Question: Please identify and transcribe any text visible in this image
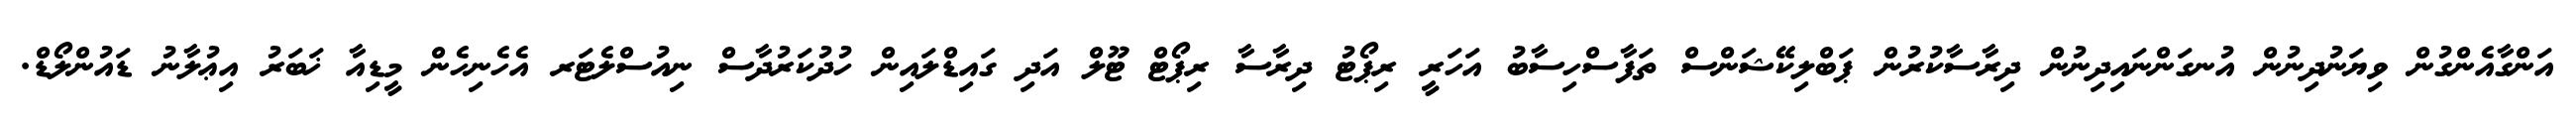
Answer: އަންގާއެންގުން ވިޔަނުދިނުން އުނގަންނައިދިނުން ދިރާސާކުރުން ޕަބްލިކޭޝަންސް ތަފާސްހިސާބު އަހަރީ ރިޕޯޓު ދިރާސާ ރިޕޯޓް ޓޫލް އަދި ގައިޑްލައިން ހުދުކަރުދާސް ނިއުސްލެޓަރ އެހެނިހެން މީޑިއާ ޚަބަރު އިޢުލާނު ޑައުންލޯޑް.